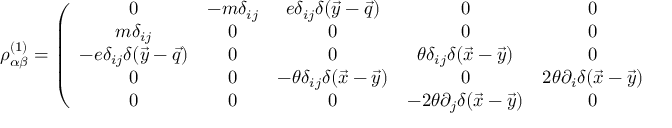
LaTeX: \rho _ { \alpha \beta } ^ { ( 1 ) } = \left( \begin{array} { c c c c c } { { 0 } } & { { - m \delta _ { i j } } } & { { e \delta _ { i j } \delta ( \vec { y } - \vec { q } ) } } & { { 0 } } & { { 0 } } \\ { { m \delta _ { i j } } } & { { 0 } } & { { 0 } } & { { 0 } } & { { 0 } } \\ { { - e \delta _ { i j } \delta ( \vec { y } - \vec { q } ) } } & { { 0 } } & { { 0 } } & { { \theta \delta _ { i j } \delta ( \vec { x } - \vec { y } ) } } & { { 0 } } \\ { { 0 } } & { { 0 } } & { { - \theta \delta _ { i j } \delta ( \vec { x } - \vec { y } ) } } & { { 0 } } & { { 2 \theta \partial _ { i } \delta ( \vec { x } - \vec { y } ) } } \\ { { 0 } } & { { 0 } } & { { 0 } } & { { - 2 \theta \partial _ { j } \delta ( \vec { x } - \vec { y } ) } } & { { 0 } } \end{array} \right)